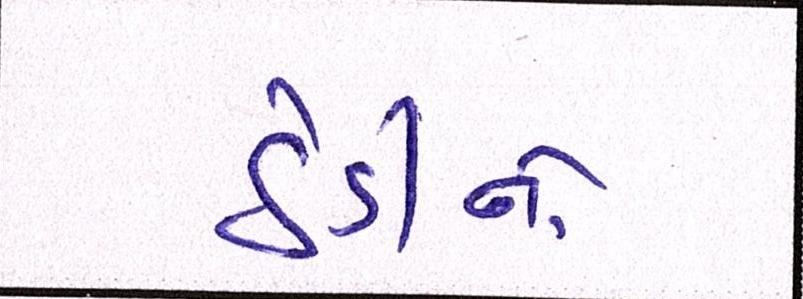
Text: ઠંડીનો